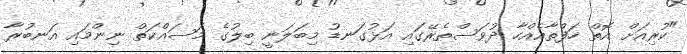
"ކުރިއަށް އޮތް ހަފްތާއެއްހާ ދުވަސްތެރޭގައި އަޅުގަނޑު މިބަލަނީ ބިލުގެ މަސައްކަތް ނިންމައި އަނބުރާ